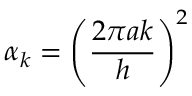
\alpha _ { k } = \left( \frac { 2 \pi a k } { h } \right) ^ { 2 }